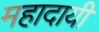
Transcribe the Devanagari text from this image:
महादायी